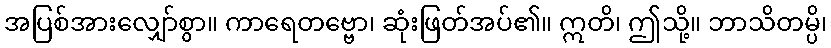
အပြစ်အားလျှော်စွာ။ ကာရေတဗ္ဗော၊ ဆုံးဖြတ်အပ်၏။ ဣတိ၊ ဤသို့။ ဘာသိတမ္ပိ၊